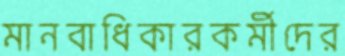
মানবাধিকারকর্মীদের